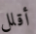
أقلل